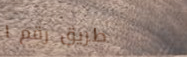
طريق رقم ١